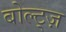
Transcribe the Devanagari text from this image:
बोल्ट्ज़